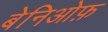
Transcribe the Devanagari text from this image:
बेनिओफ़